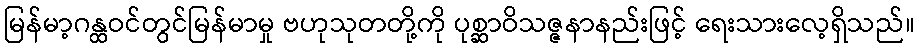
မြန်မာ့ဂန္ထဝင်တွင်မြန်မာမှု ဗဟုသုတတို့ကို ပုစ္ဆာဝိသဇ္ဇနာနည်းဖြင့် ရေးသားလေ့ရှိသည်။